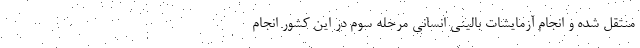
منتقل شده و انجام آزمایشات بالینی انسانی مرحله سوم در این کشور انجام